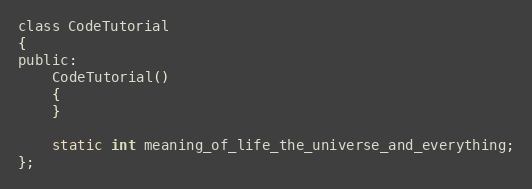
Language: C
class CodeTutorial
{
public:
	CodeTutorial()
	{
	}

	static int meaning_of_life_the_universe_and_everything;
};